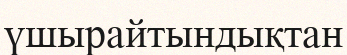
үшырайтындықтан